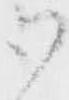
御